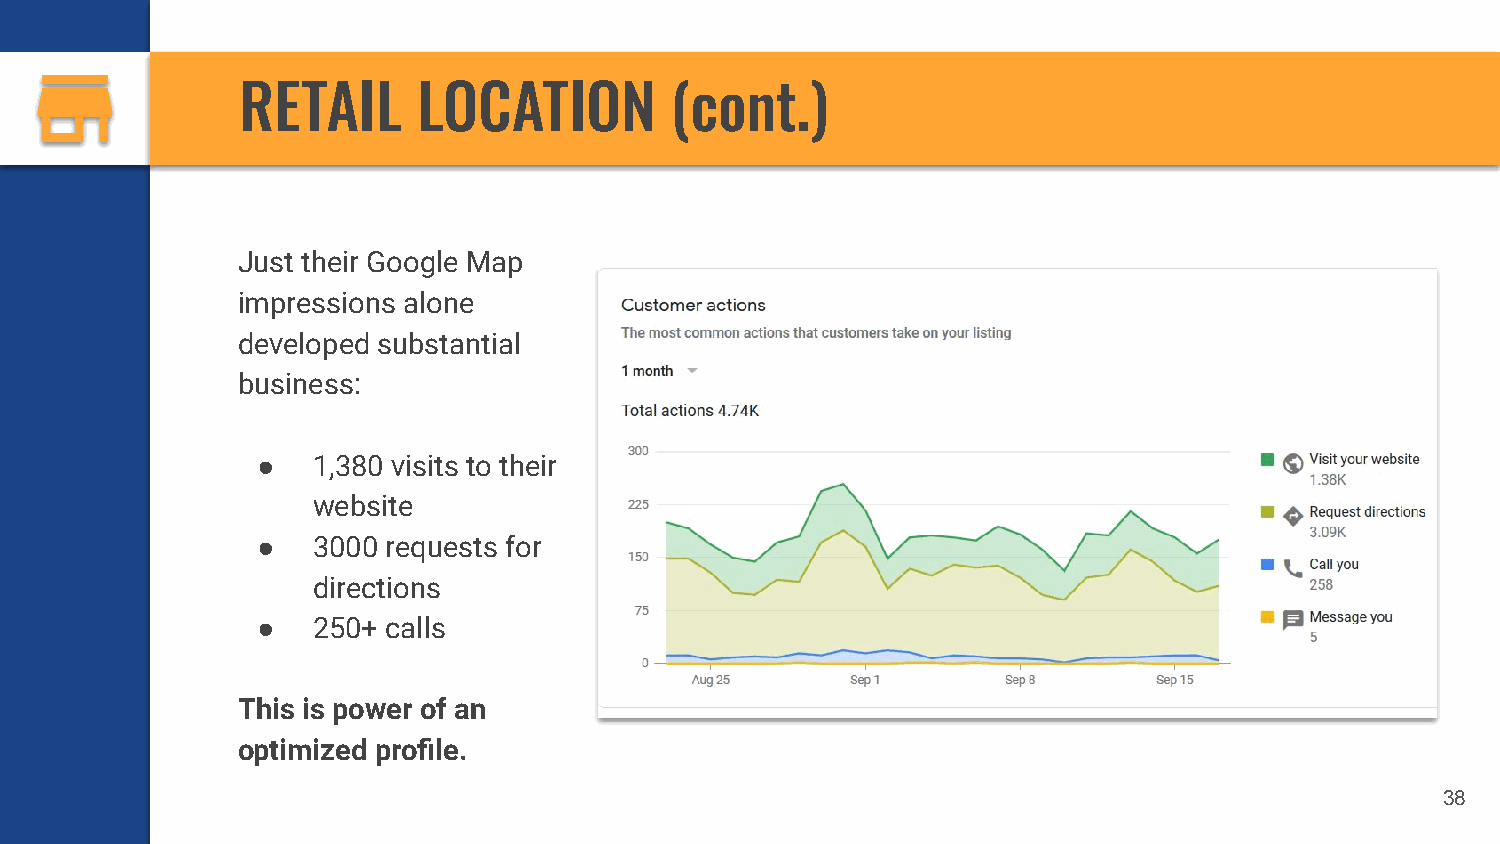
RETAIL      LOCATION        (cont.)
 Just their Google Map
 impressions alone
 developed substantial
 business:
 ●   1,380 visits to their
 website
 ●   3000 requests for
 directions
 ●   250+ calls
 This is power of an
 optimized profile.
 38